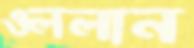
ওললান